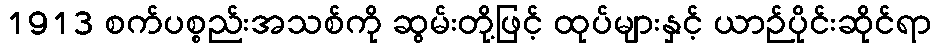
1913 စက်ပစ္စည်းအသစ်ကို ဆွမ်းတို့ဖြင့် ထုပ်များနှင့် ယာဉ်ပိုင်းဆိုင်ရာ